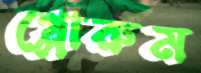
গ্লোরুম